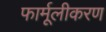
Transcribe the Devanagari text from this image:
फार्मूलीकरण